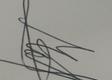
Signature authenticity: genuine